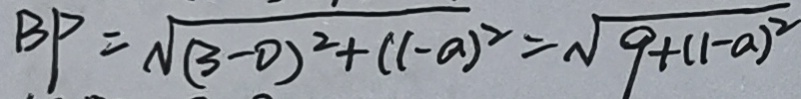
B P = \sqrt { ( 3 - 0 ) ^ { 2 } + ( 1 - a ) ^ { 2 } } = \sqrt { 9 + ( 1 - a ) ^ { 2 } }